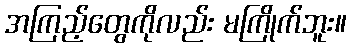
အကြည့်တွေကိုလည်း မကြိုက်ဘူး။